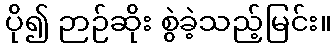
ပို၍ ဉာဉ်ဆိုး စွဲခဲ့သည့်မြင်း။